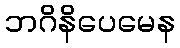
ဘဂိနိပေမေန